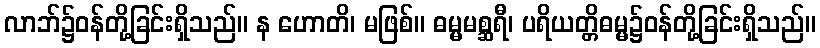
လာဘ်၌ဝန်တို့ခြင်းရှိသည်။ န ဟောတိ၊ မဖြစ်။ ဓမ္မမစ္ဆရီ၊ ပရိယတ္တိဓမ္မ၌ဝန်တို့ခြင်းရှိသည်။